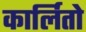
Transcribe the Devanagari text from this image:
कार्लितो